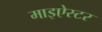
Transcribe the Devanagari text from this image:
माइऐस्टर